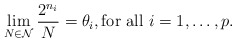
\begin{align*}\lim_{N\in\mathcal{N}}\frac{2^{n_{i}}}{N}=\theta_{i},\mbox{for all}\,\,i=1,\ldots,p.\end{align*}